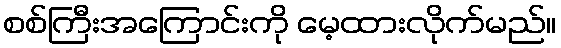
စစ်ကြီးအကြောင်းကို မေ့ထားလိုက်မည်။